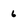
Character: 6